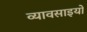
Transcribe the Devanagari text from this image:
व्यावसाइयों